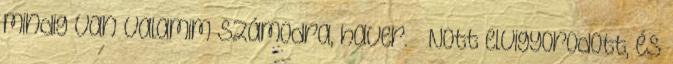
mindig van valamim számodra, haver. – Nott elvigyorodott, és